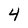
Character: 4